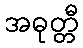
အဓုတ္တီ